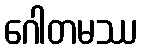
ဂေါတမဿ